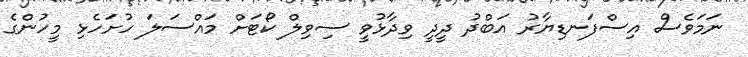
ނަމަވެސް އިސްފަނޑިޔާރު އަބްދު ދީދީ ވިދާޅުވީ ސިވިލް ކޯޓަށް މައްސަލަ ހުށަހެޅި މީހުންގެ